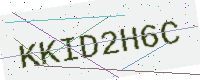
Text: KKID2H6C